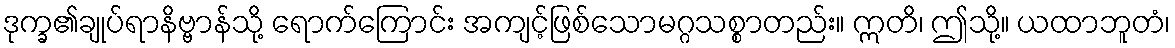
ဒုက္ခ၏ချုပ်ရာနိဗ္ဗာန်သို့ ရောက်ကြောင်း အကျင့်ဖြစ်သောမဂ္ဂသစ္စာတည်း။ ဣတိ၊ ဤသို့။ ယထာဘူတံ၊